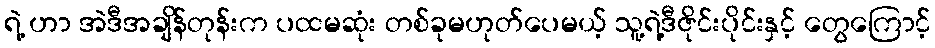
ရဲ့ ဟာ အဲဒီအချိန်တုန်းက ပထမဆုံး တစ်ခုမဟုတ်ပေမယ့် သူ့ရဲ့ဒီဇိုင်းပိုင်းနှင့် တွေကြောင့်